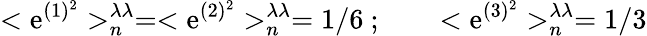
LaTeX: <{\mathrm{e}}^{(1)^{2}}>_{n}^{\lambda\lambda}=<{\mathrm{e}}^{(2)^{2}}>_{n}^{\lambda\lambda}=1/6\ ;\qquad<{\mathrm{e}}^{(3)^{2}}>_{n}^{\lambda\lambda}=1/3